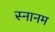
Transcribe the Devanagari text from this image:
स्नानम